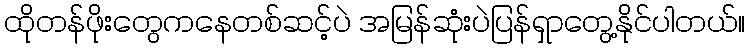
ထိုတန်ဖိုးတွေကနေတစ်ဆင့်ပဲ အမြန်ဆုံးပဲပြန်ရှာတွေ့နိုင်ပါတယ်။